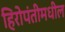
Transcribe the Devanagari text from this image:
हिरोपंतीमधील